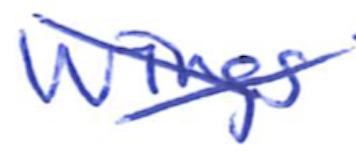
Text: Wings
Cross-out: cross
Writing tool: ballpoint